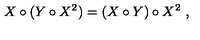
X \circ ( Y \circ X ^ { 2 } ) = ( X \circ Y ) \circ X ^ { 2 } \ ,